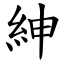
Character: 紳